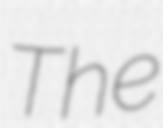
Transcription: The